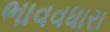
ભાવવધારા